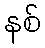
နစ်